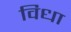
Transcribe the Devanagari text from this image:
विधा